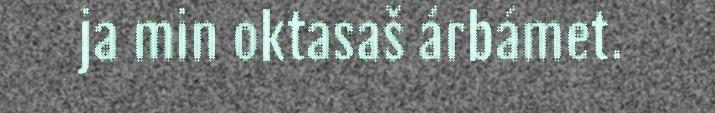
ja min oktasaš árbámet.